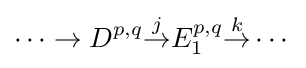
\cdots \to D^{p,q}{\overset {j}{\to }}E_{1}^{p,q}{\overset {k}{\to }}\cdots